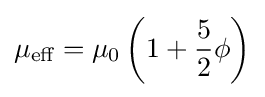
\mu _{\text{eff}}=\mu _{0}\left(1+{\frac {5}{2}}\phi \right)